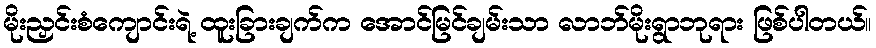
မိုးညှင်းစံကျောင်းရဲ့ ထူးခြားချက်က အောင်မြင်ချမ်းသာ လာဘ်မိုးရွာဘုရား ဖြစ်ပါတယ်။